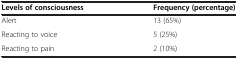
| Levels of consciousness | Frequency (percentage) |
 | --- | --- |
 | Alert | 13 (65%) |
 | Reacting to voice | 5 (25%) |
 | Reacting to pain | 2 (10%) |